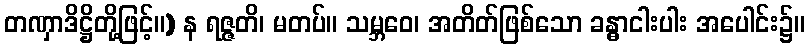
တဏှာဒိဋ္ဌိတို့ဖြင့်။) န ရဇ္ဇတိ၊ မတပ်။ သမ္ဘဝေ၊ အတိတ်ဖြစ်သော ခန္ဓာငါးပါး အပေါင်း၌။